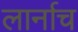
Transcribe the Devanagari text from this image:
लार्नाच